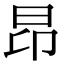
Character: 昂